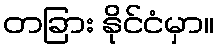
တခြား နိုင်ငံမှာ။